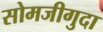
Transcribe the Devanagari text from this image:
सोमजीगुदा